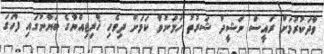
ވާދަކުރުމަށް ރައީސް ނަޝީދު ޝަރުތު ހަމަނުވާ ކަމަށް ދިވެހި ޚާރިޖިއްޔާގެ ބަޔާނުގައި ފާހަގަ